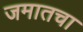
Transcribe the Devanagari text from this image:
जमातचा